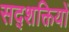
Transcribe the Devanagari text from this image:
सद्शक्तियों